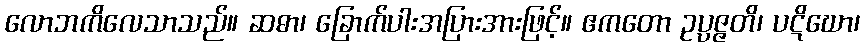
လောဘကိလေသာသည်။ ဆဓာ၊ ခြောက်ပါးအပြားအားဖြင့်။ ဧကတော ဥပ္ပဇ္ဇတိ၊ ပဋိဃော၊